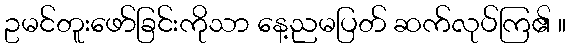
ဥမင်တူးဖော်ခြင်းကိုသာ နေ့ညမပြတ် ဆက်လုပ်ကြ၏ ။